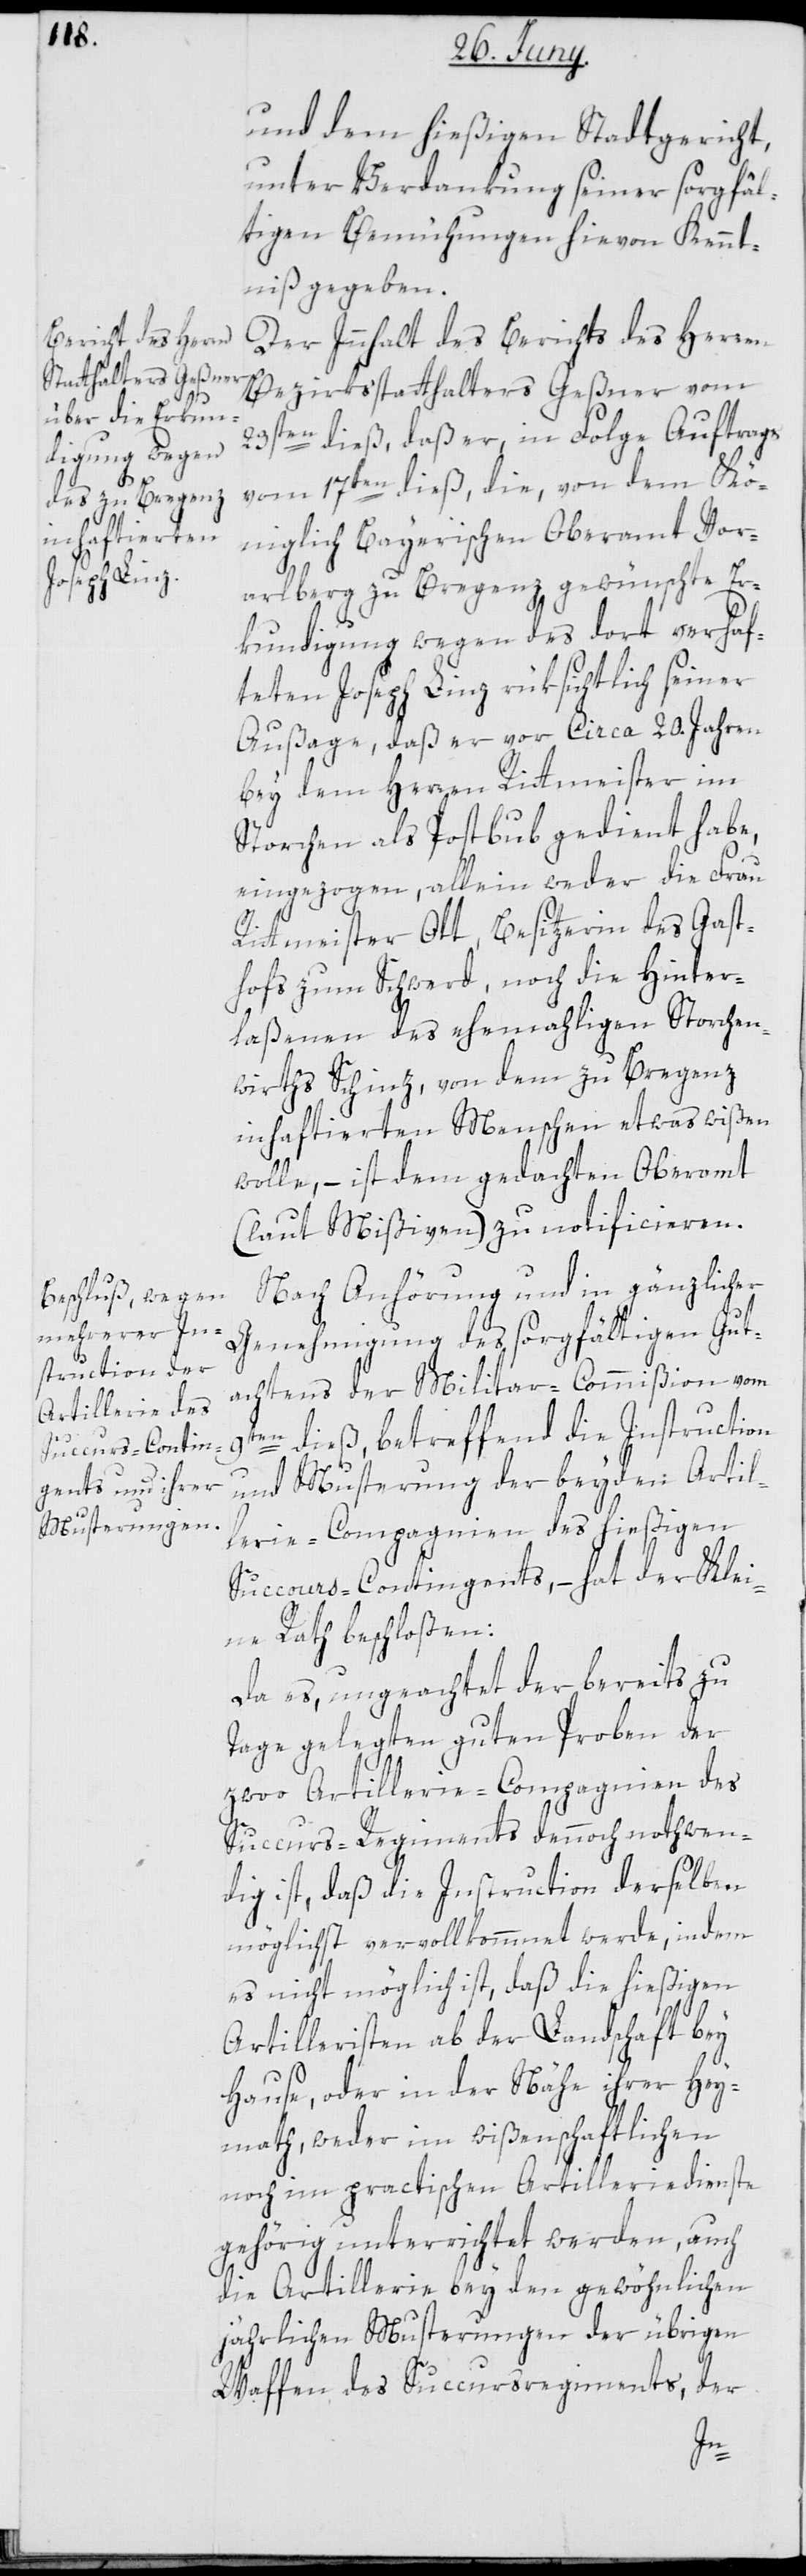
und dem hießigen Stadtgericht,
unter Verdankung seiner sorgfäl¬
tigen Bemühungen hievon Kennt¬
niß gegeben.
Der Innhalt des Berichts des Herren
Bezirksstatthalters Geßner vom
23sten dieß, daß er, in Folge Auftrags
vom 17ten dieß, die, von dem Kö¬
niglich Bayerischen Oberamt Vor¬
arlberg zu Bregenz gewünschte Er¬
kundigung wegen des dort verhaf¬
teten Joseph Linz rüksichtlich seiner
Außage, daß er vor circa 20. Jahren
bey dem Herren Rittmeister im
Storchen als Postbub gedient habe,
eingezogen, allein weder die Frau
Rittmeister Ott, Besitzerin des Gast¬
hofs zum Schwerd, noch die Hinter¬
laßenen des ehemaligen Storchen¬
wirths Schinz, von dem zu Bregenz
inhaftierten Menschen etwas wißen
wolle, – ist dem gedachten Oberamt
(laut Mißiven) zu notificieren.
Nach Anhörung und in gänzlicher
Genehmigung des sorgfältigen Gut¬
achtens der Militar-Commißion vom
9ten dieß, betreffend die Instruction
und Musterung der beyden: Artil¬
lerie-Compagnien des hießigen
Succurs-Contingents, – hat der Klei¬
ne Rath beschloßen:
Da es, ungeachtet der bereits zu
Tage gelegten guten Proben der
zwoo Artillerie-Compagnien des
Succurs-Regiments dennoch nothwen¬
dig ist, daß die Instruction derselben
möglichst vervollkommet werde, indem
es nicht möglich ist, daß die hießigen
Artilleristen ab der Landschaft bey
Hause, oder in der Nähe ihrer Hey¬
math, weder im wißenschaftlichen
noch im practischen Artilleriedienste
gehörig unterrichtet werden, auch
die Artillerie bey den gewöhnlichen
jährlichen Musterungen der übrigen
Waffen des Succursregiments, der